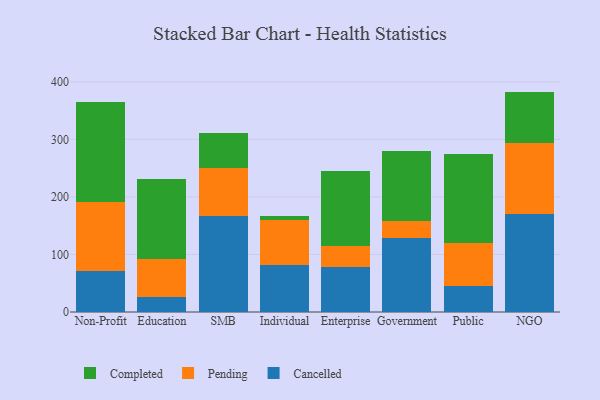
{"axis": {"x": "Segment", "y": "Conversion Rate (%)"}, "legend": ["Cancelled", "Completed", "Pending"], "data": [{"x": "Non-Profit", "y": 71.2, "type": "Cancelled"}, {"x": "Non-Profit", "y": 120.2, "type": "Pending"}, {"x": "Non-Profit", "y": 173.3, "type": "Completed"}, {"x": "Education", "y": 25.5, "type": "Cancelled"}, {"x": "Education", "y": 67.2, "type": "Pending"}, {"x": "Education", "y": 138.8, "type": "Completed"}, {"x": "SMB", "y": 167.0, "type": "Cancelled"}, {"x": "SMB", "y": 83.8, "type": "Pending"}, {"x": "SMB", "y": 60.5, "type": "Completed"}, {"x": "Individual", "y": 81.6, "type": "Cancelled"}, {"x": "Individual", "y": 78.3, "type": "Pending"}, {"x": "Individual", "y": 7.5, "type": "Completed"}, {"x": "Enterprise", "y": 78.5, "type": "Cancelled"}, {"x": "Enterprise", "y": 37.0, "type": "Pending"}, {"x": "Enterprise", "y": 128.7, "type": "Completed"}, {"x": "Government", "y": 128.6, "type": "Cancelled"}, {"x": "Government", "y": 29.0, "type": "Pending"}, {"x": "Government", "y": 122.1, "type": "Completed"}, {"x": "Public", "y": 44.9, "type": "Cancelled"}, {"x": "Public", "y": 74.7, "type": "Pending"}, {"x": "Public", "y": 155.1, "type": "Completed"}, {"x": "NGO", "y": 170.0, "type": "Cancelled"}, {"x": "NGO", "y": 123.0, "type": "Pending"}, {"x": "NGO", "y": 90.0, "type": "Completed"}]}